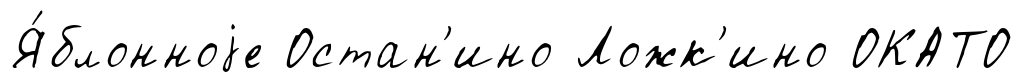
Я́блонноjе Остан'ино Ложк'ино ОКАТО